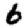
Digit: 6